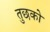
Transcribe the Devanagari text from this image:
तुछको